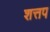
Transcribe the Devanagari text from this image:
शत्तप